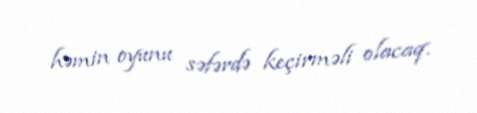
həmin oyunu səfərdə keçirməli olacaq.